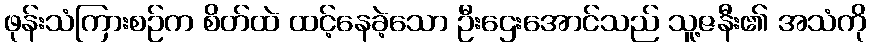
ဖုန်းသံကြားစဉ်က စိတ်ထဲ ထင့်နေခဲ့သော ဦးဌေးအောင်သည် သူ့ဇနီး၏ အသံကို